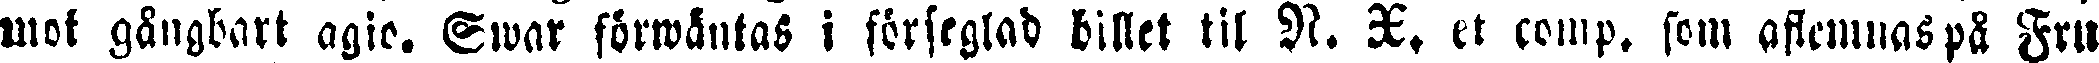
mot gångbart agio. Swar förwäntas i förseglad billet til N. X. et comp. som aflemnas på Fru